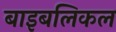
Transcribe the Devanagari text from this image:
बाइबलिकल